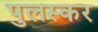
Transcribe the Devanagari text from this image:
पुलस्कर